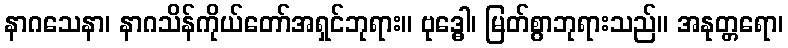
နာဂသေနာ၊ နာဂသိန်ကိုယ်တော်အရှင်ဘုရား။ ဗုဒ္ဓေါ၊ မြတ်စွာဘုရားသည်။ အနုတ္တရော၊